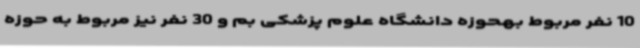
10 نفر مربوط بهحوزه دانشگاه علوم پزشکی بم و 30 نفر نیز مربوط به حوزه